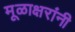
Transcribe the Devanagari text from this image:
मूळाक्षरांनी